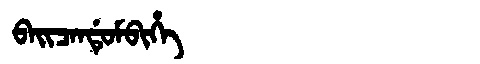
Manchu: ᠪᠠᡳᠴᠠᠨᡩᡠᠮᠪᡳᡥᡝ
Romanization: BAICANDUMBIHE